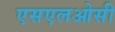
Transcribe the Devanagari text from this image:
एसएलओसी